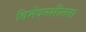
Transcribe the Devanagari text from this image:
विभेदनशीलता